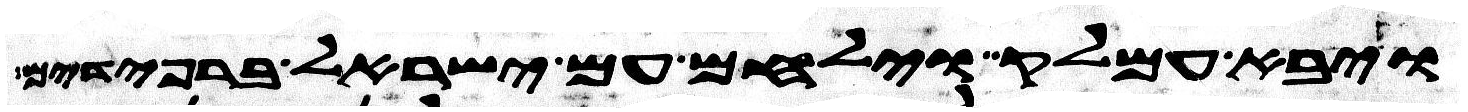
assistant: ויבא עמלק וילחם עם ישראל ברפידים